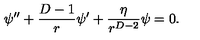
\psi ^ { \prime \prime } + \frac { D - 1 } { r } \psi ^ { \prime } + \frac { \eta } { r ^ { D - 2 } } \psi = 0 .